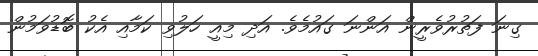
ގިނަ ފަތުރުވެރީން އަންނަ ގައުމެވެ. އަދި މިއީ ހަލުވި ކަމާއި އެކު ބޮޑުވަމުން